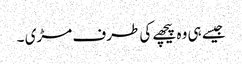
جیسے ہی وہ پیچھے کی طرف مڑی ۔